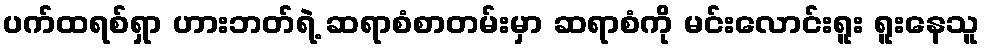
ပက်ထရစ်ရှာ ဟားဘတ်ရဲ့ ဆရာစံစာတမ်းမှာ ဆရာစံကို မင်းလောင်းရူး ရူးနေသူ